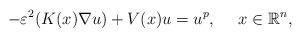
LaTeX: \begin{align*}-\varepsilon^2 (K(x)\nabla u) +V(x)u=u^{p},\ \ \ \ x\in \mathbb{R}^n,\end{align*}